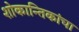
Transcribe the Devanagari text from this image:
शोकान्तिकांचा